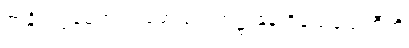
ဇာနိတဗ္ဗမေတံ သမောသရဏဋ္ဌာနေ ဝိသေသေတီတိ